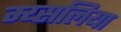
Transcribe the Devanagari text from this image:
म्य्सलिया